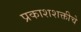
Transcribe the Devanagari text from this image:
प्रकाशशक्तीचे